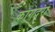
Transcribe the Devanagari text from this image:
कागदरा